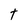
Character: t